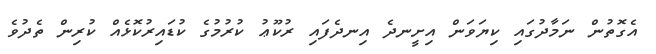
އެގޮތުން ނަމާދުގައި ކިޔަވަން އިށީނދެ އިނދެފައި ރުކޫޢު ކުރުމުގެ ކުޑައިރުކޮޅެއް ކުރިން ތެދުވެ